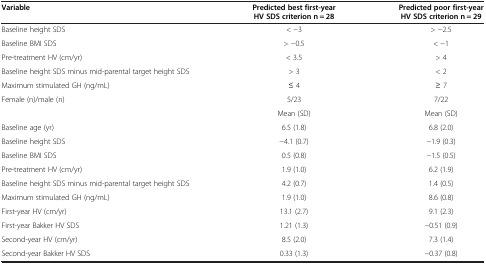
<table><thead><tr><td><b>Variable</b></td><td><b>Predicted best first-year HV SDS criterion n = 28</b></td><td><b>Predicted poor first-year HV SDS criterion n = 29</b></td></tr></thead><tbody><tr><td>Baseline height SDS</td><td>&lt; −3</td><td>&gt; −2.5</td></tr><tr><td>Baseline BMI SDS</td><td>&gt; −0.5</td><td>&lt; −1</td></tr><tr><td>Pre-treatment HV (cm/yr)</td><td>&lt; 3.5</td><td>&gt; 4</td></tr><tr><td>Baseline height SDS minus mid-parental target height SDS</td><td>&gt; 3</td><td>&lt; 2</td></tr><tr><td>Maximum stimulated GH (ng/mL)</td><td>≤ 4</td><td>≥ 7</td></tr><tr><td>Female (n)/male (n)</td><td>5/23</td><td>7/22</td></tr><tr><td> </td><td>Mean (SD)</td><td>Mean (SD)</td></tr><tr><td>Baseline age (yr)</td><td>6.5 (1.8)</td><td>6.8 (2.0)</td></tr><tr><td>Baseline height SDS</td><td>−4.1 (0.7)</td><td>−1.9 (0.3)</td></tr><tr><td>Baseline BMI SDS</td><td>0.5 (0.8)</td><td>−1.5 (0.5)</td></tr><tr><td>Pre-treatment HV (cm/yr)</td><td>1.9 (1.0)</td><td>6.2 (1.9)</td></tr><tr><td>Baseline height SDS minus mid-parental target height SDS</td><td>4.2 (0.7)</td><td>1.4 (0.5)</td></tr><tr><td>Maximum stimulated GH (ng/mL)</td><td>1.9 (1.0)</td><td>8.6 (0.8)</td></tr><tr><td>First-year HV (cm/yr)</td><td>13.1 (2.7)</td><td>9.1 (2.3)</td></tr><tr><td>First-year Bakker HV SDS</td><td>1.21 (1.3)</td><td>−0.51 (0.9)</td></tr><tr><td>Second-year HV (cm/yr)</td><td>8.5 (2.0)</td><td>7.3 (1.4)</td></tr><tr><td>Second-year Bakker HV SDS</td><td>0.33 (1.3)</td><td>−0.37 (0.8)</td></tr></tbody></table>